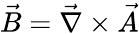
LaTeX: \vec{B}=\vec{\nabla}\times\vec{A}